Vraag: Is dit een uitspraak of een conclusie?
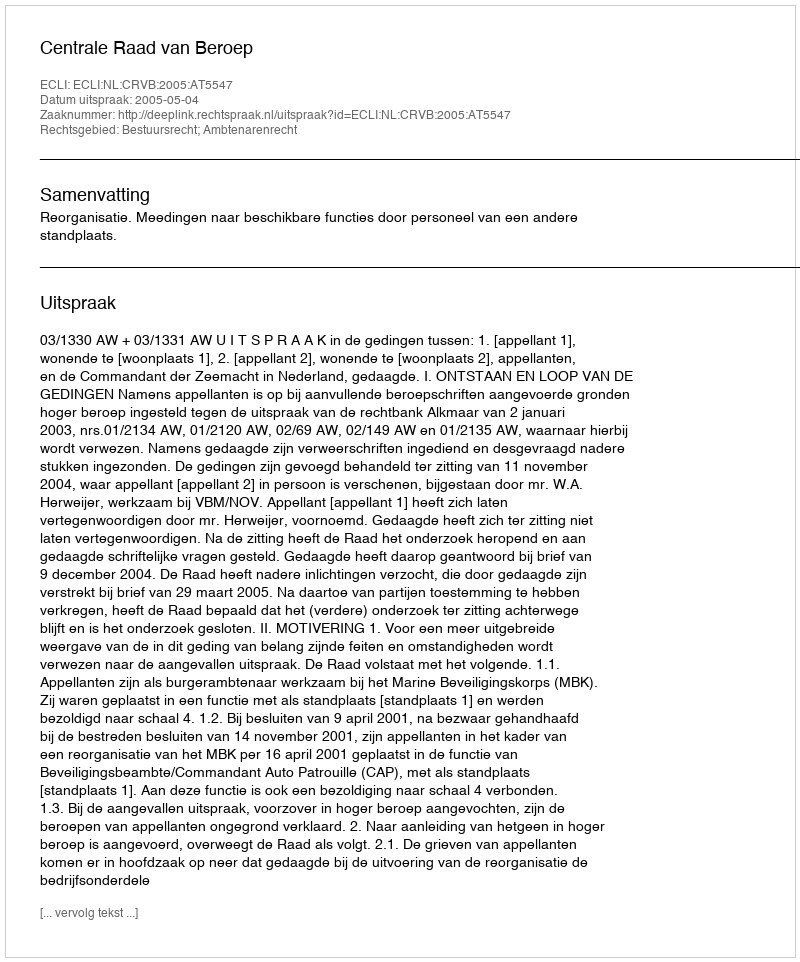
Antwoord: Uitspraak